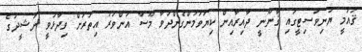
ޤައުމީ ޔުނިވަސިޓީގައި ޤާނޫނީ ދާއިރާއިން ކިޔަވަމުންގެންދަވާ މޫސާ އަންވަރު އިތުރަށް ވިދާޅުވީ ނަޝީދުގެ